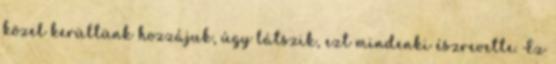
közel kerültünk hozzájuk, úgy látszik, ezt mindenki észrevette. Ez